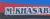
m.khasab